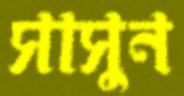
সাসুন